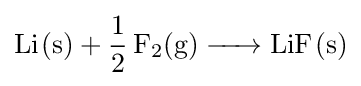
{\ce {Li(s) + 1/2 F2(g) -> LiF(s)}}